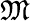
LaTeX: \mathfrak{M}